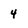
Character: 4